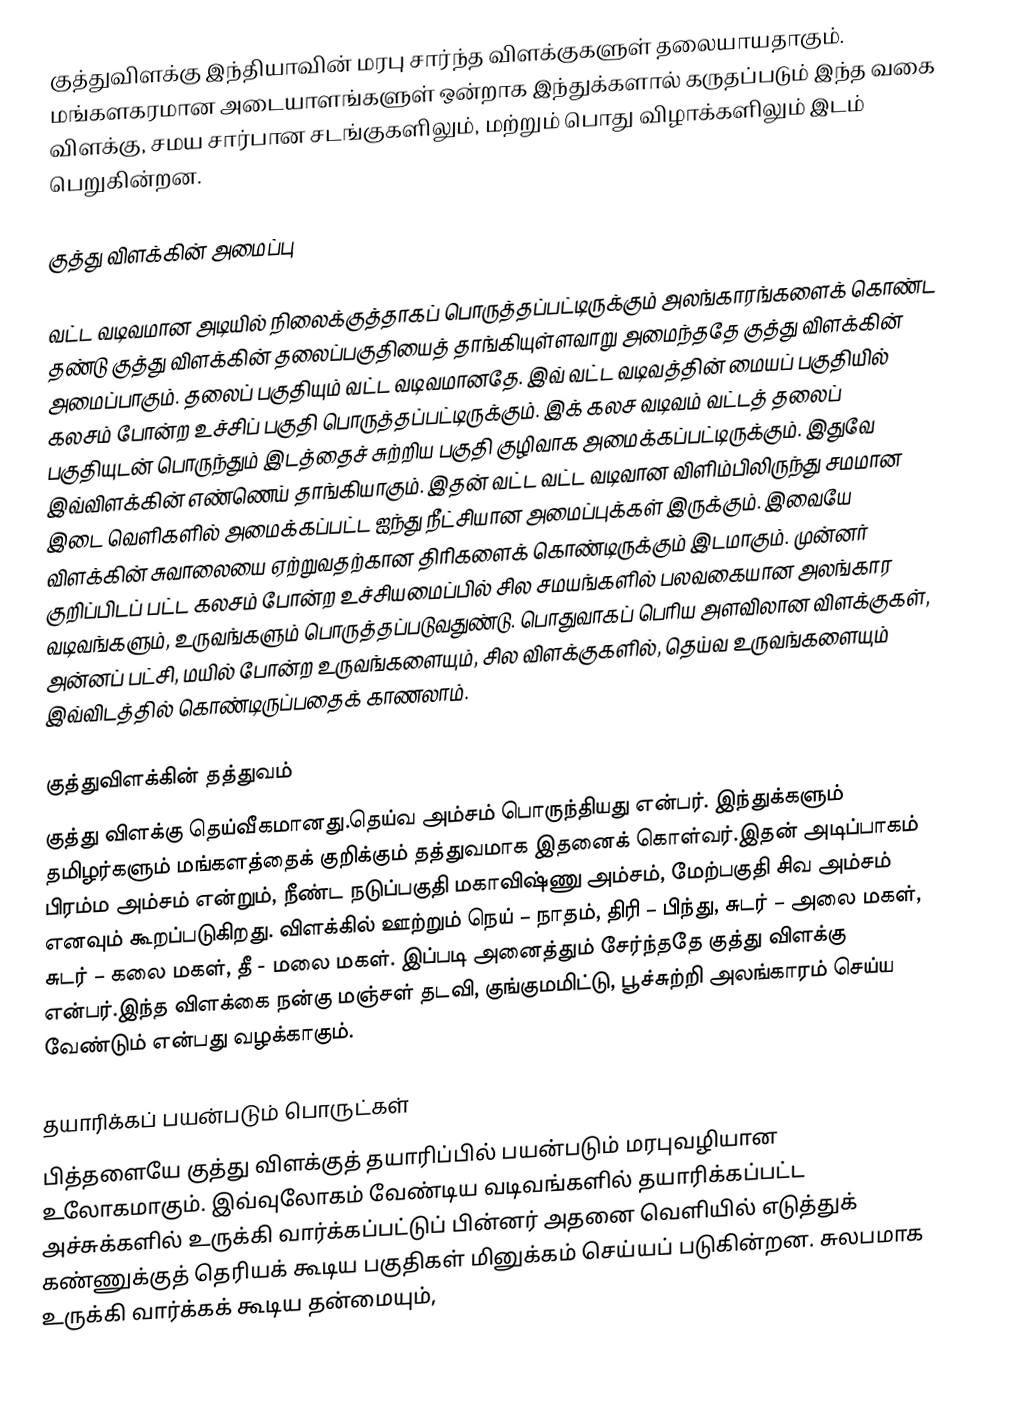
குத்துவிளக்கு இந்தியாவின் மரபு சார்ந்த விளக்குகளுள் தலையாயதாகும். மங்களகரமான அடையாளங்களுள் ஒன்றாக இந்துக்களால் கருதப்படும் இந்த வகை விளக்கு, சமய சார்பான சடங்குகளிலும், மற்றும் பொது விழாக்களிலும் இடம் பெறுகின்றன.

குத்து விளக்கின் அமைப்பு

வட்ட வடிவமான அடியில் நிலைக்குத்தாகப் பொருத்தப்பட்டிருக்கும் அலங்காரங்களைக் கொண்ட தண்டு குத்து விளக்கின் தலைப்பகுதியைத் தாங்கியுள்ளவாறு அமைந்ததே குத்து விளக்கின் அமைப்பாகும். தலைப் பகுதியும் வட்ட வடிவமானதே. இவ் வட்ட வடிவத்தின் மையப் பகுதியில் கலசம் போன்ற உச்சிப் பகுதி பொருத்தப்பட்டிருக்கும். இக் கலச வடிவம் வட்டத் தலைப் பகுதியுடன் பொருந்தும் இடத்தைச் சுற்றிய பகுதி குழிவாக அமைக்கப்பட்டிருக்கும். இதுவே இவ்விளக்கின் எண்ணெய் தாங்கியாகும். இதன் வட்ட வட்ட வடிவான விளிம்பிலிருந்து சமமான இடை வெளிகளில் அமைக்கப்பட்ட ஐந்து நீட்சியான அமைப்புக்கள் இருக்கும். இவையே விளக்கின் சுவாலையை ஏற்றுவதற்கான திரிகளைக் கொண்டிருக்கும் இடமாகும். முன்னர் குறிப்பிடப் பட்ட கலசம் போன்ற உச்சியமைப்பில் சில சமயங்களில் பலவகையான அலங்கார வடிவங்களும், உருவங்களும் பொருத்தப்படுவதுண்டு. பொதுவாகப் பெரிய அளவிலான விளக்குகள், அன்னப் பட்சி, மயில் போன்ற உருவங்களையும், சில விளக்குகளில், தெய்வ உருவங்களையும் இவ்விடத்தில் கொண்டிருப்பதைக் காணலாம்.

குத்துவிளக்கின் தத்துவம்
குத்து விளக்கு தெய்வீகமானது.தெய்வ அம்சம் பொருந்தியது என்பர். இந்துக்களும் தமிழர்களும் மங்களத்தைக் குறிக்கும் தத்துவமாக இதனைக் கொள்வர்.இதன் அடிப்பாகம் பிரம்ம அம்சம் என்றும், நீண்ட நடுப்பகுதி மகாவிஷ்ணு அம்சம், மேற்பகுதி சிவ அம்சம் எனவும் கூறப்படுகிறது. விளக்கில் ஊற்றும் நெய் – நாதம், திரி – பிந்து, சுடர் – அலை மகள், சுடர் – கலை மகள், தீ -  மலை மகள். இப்படி அனைத்தும் சேர்ந்ததே குத்து விளக்கு என்பர்.இந்த விளக்கை நன்கு மஞ்சள் தடவி, குங்குமமிட்டு, பூச்சுற்றி அலங்காரம் செய்ய வேண்டும் என்பது வழக்காகும்.

தயாரிக்கப் பயன்படும் பொருட்கள்
பித்தளையே குத்து விளக்குத் தயாரிப்பில் பயன்படும் மரபுவழியான உலோகமாகும். இவ்வுலோகம் வேண்டிய வடிவங்களில் தயாரிக்கப்பட்ட அச்சுக்களில் உருக்கி வார்க்கப்பட்டுப் பின்னர் அதனை வெளியில் எடுத்துக் கண்ணுக்குத் தெரியக் கூடிய பகுதிகள் மினுக்கம் செய்யப் படுகின்றன. சுலபமாக உருக்கி வார்க்கக் கூடிய தன்மையும்,